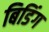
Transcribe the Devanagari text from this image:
बिडिंग